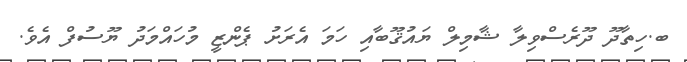
ބ.ހިތާދޫ ދޫރެސްވިލާ ޝާމިލް ޔައުޤޫބާއި ހަމަ އެރަށު ޕެންޒީ މުހައްމަދު ޔޫސުފް އެވެ.